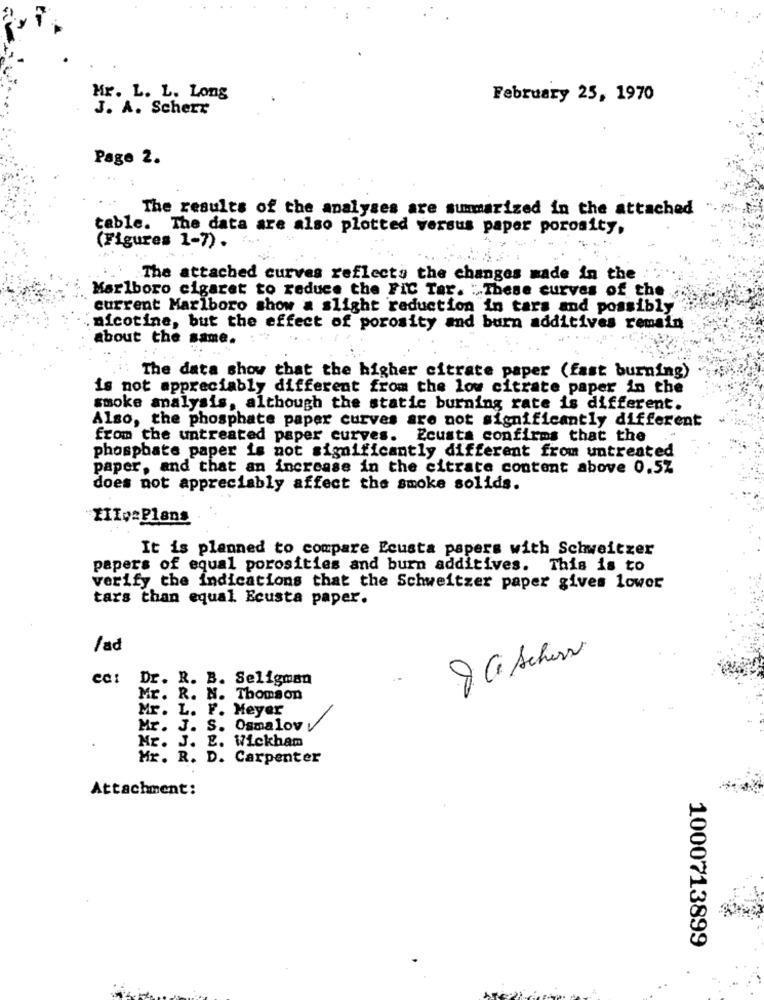
Mr. L. L. Long
February 25, 1970
J. A. Schert
Page 2.
The results of the analyses are summarized in the attached
table. The data are also plotted versus paper porosity.
(Figures 1-7).
The attached curves reflects the changes made in the
Marlboro cigaret to reduce the FIC Tar. : These curves of the
current Marlboro show a slight reduction in tars and possibly
nicotine, but the effect of porosity and burn additives remain
about the same.
The data show that the higher citrate paper (fast burning)
is not appreciably different from the low citrate paper in the
smoke analysis, although the static burning rate is different.
Also, the phosphate paper curves are not significantly different
from the untreated paper curves. Ecusta confirms that the
phosphate paper is not significantly different from untreated
paper, and that an increase in the citrate content above 0.5%
does not appreciably affect the smoke solids.
IIIv=Plans
It is planned to compare Ecusta papers with Schweitzer
papers of equal porosities and burn additives. This is to
verify the indications that the Schweitzer paper gives lower
tars than equal Ecusta paper.
lad
Ja Schon
cc: Dr. R. B. Seligman
Mr. R. N. Thomson
Mr. L. F. Meyer
Mr. J. S. Osmalov
Mr. J. E. Wickham
Mr. R. D. Carpenter
Attachment:
1000713899